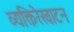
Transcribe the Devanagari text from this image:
व्यक्तिरेखाटन